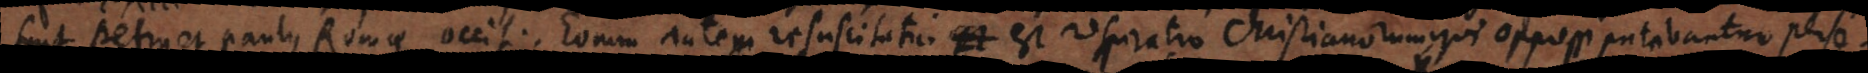
sunt Petrus et Paulus Romae occisi. Eorum autem resuscitatio est respiratio Christianorum, qui oppressi putabantu